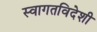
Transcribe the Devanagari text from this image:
स्वागतविदेशी